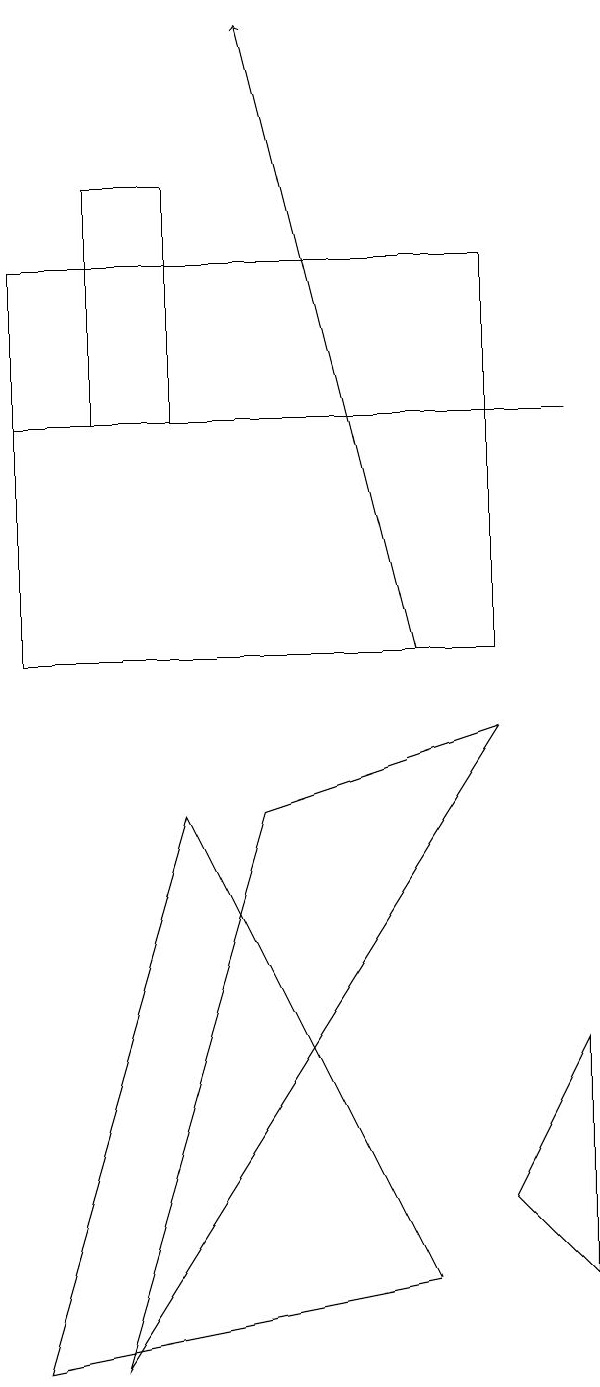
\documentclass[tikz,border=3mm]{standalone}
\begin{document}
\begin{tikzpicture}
\draw (7,9) -- (4,8) -- (2,1) -- cycle;
\draw[->] (6,10) -- (4,18);
\draw (6,2) -- (3,8) -- (1,1) -- cycle;
\draw (7,3) -- (8,2) -- (8,5) -- cycle;
\draw (2,13) rectangle (3,16);
\draw (1,15) rectangle (7,10);
\draw (1,13) rectangle (8,13);
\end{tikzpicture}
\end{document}